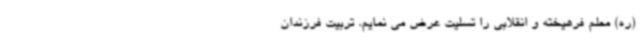
(ره) معلم فرهیخته و انقلابی را تسلیت عرض می نمایم. تربیت فرزندان